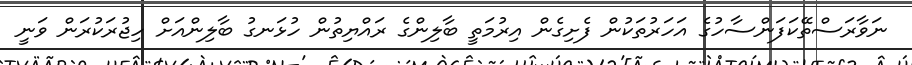
ނަވާރަސްތޭކަފަންސާހުގެ އަހަރުތަކުން ފެށިގެން އިރުމަތީ ބާލިންގެ ރައްޔިތުން ހުޅަނގު ބާލިންއަށް ހިޖުރަކުރަން ވަނީ